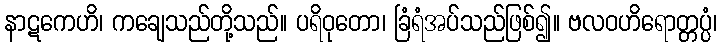
နာဋကေဟိ၊ ကချေသည်တို့သည်။ ပရိဝုတော၊ ခြံရံအပ်သည်ဖြစ်၍။ ဗလဝဟိရောတ္တပ္ပံ၊